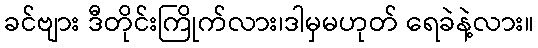
ခင်ဗျား ဒီတိုင်းကြိုက်လား၊ဒါမှမဟုတ် ရေခဲနဲ့လား။